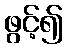
ဖွင့်၍